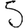
Digit: 5